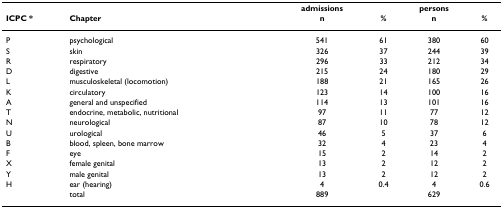
<table><thead><tr><td></td><td></td><td><b>admissions</b></td><td></td><td><b>persons</b></td><td></td></tr><tr><td><b>ICPC *</b></td><td><b>Chapter</b></td><td><b>n</b></td><td><b>%</b></td><td><b>n</b></td><td><b>%</b></td></tr></thead><tbody><tr><td>P</td><td>psychological</td><td>541</td><td>61</td><td>380</td><td>60</td></tr><tr><td>S</td><td>skin</td><td>326</td><td>37</td><td>244</td><td>39</td></tr><tr><td>R</td><td>respiratory</td><td>296</td><td>33</td><td>212</td><td>34</td></tr><tr><td>D</td><td>digestive</td><td>215</td><td>24</td><td>180</td><td>29</td></tr><tr><td>L</td><td>musculoskeletal (locomotion)</td><td>188</td><td>21</td><td>165</td><td>26</td></tr><tr><td>K</td><td>circulatory</td><td>123</td><td>14</td><td>100</td><td>16</td></tr><tr><td>A</td><td>general and unspecified</td><td>114</td><td>13</td><td>101</td><td>16</td></tr><tr><td>T</td><td>endocrine, metabolic, nutritional</td><td>97</td><td>11</td><td>77</td><td>12</td></tr><tr><td>N</td><td>neurological</td><td>87</td><td>10</td><td>78</td><td>12</td></tr><tr><td>U</td><td>urological</td><td>46</td><td>5</td><td>37</td><td>6</td></tr><tr><td>B</td><td>blood, spleen, bone marrow</td><td>32</td><td>4</td><td>23</td><td>4</td></tr><tr><td>F</td><td>eye</td><td>15</td><td>2</td><td>14</td><td>2</td></tr><tr><td>X</td><td>female genital</td><td>13</td><td>2</td><td>12</td><td>2</td></tr><tr><td>Y</td><td>male genital</td><td>13</td><td>2</td><td>12</td><td>2</td></tr><tr><td>H</td><td>ear (hearing)</td><td>4</td><td>0.4</td><td>4</td><td>0.6</td></tr><tr><td></td><td>total</td><td>889</td><td></td><td>629</td><td></td></tr></tbody></table>